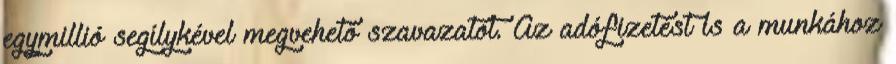
egymillió segílykével megvehető szavazatot. Az adófizetést is a munkához